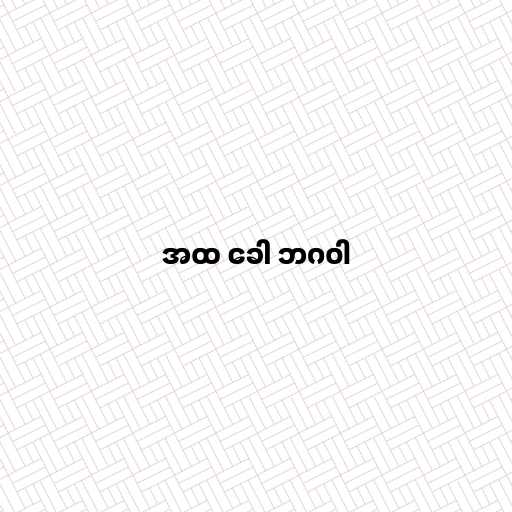
အထ ခေါ ဘဂဝါ